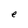
Character: e